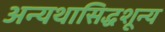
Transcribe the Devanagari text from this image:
अन्यथासिद्धशून्य